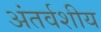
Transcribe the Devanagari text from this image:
अंतर्वशीय